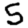
Digit: 5